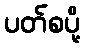
ပတ်စပို့